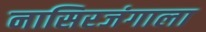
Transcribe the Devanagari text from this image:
नासिरजंगाला